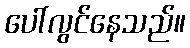
ပေါ်လွင်နေသည်။